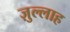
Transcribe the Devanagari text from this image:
ज़ुल्लाह